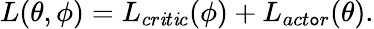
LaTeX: L(\theta,\phi)=L_{cr\mathit{i}t\mathit{i}c}(\phi)+L_{act\mathtt{o}r}(\theta).